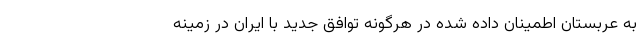
به عربستان اطمینان داده شده در هرگونه توافق جدید با ایران در زمینه